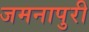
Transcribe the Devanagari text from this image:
जमनापुरी